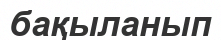
бақыланып